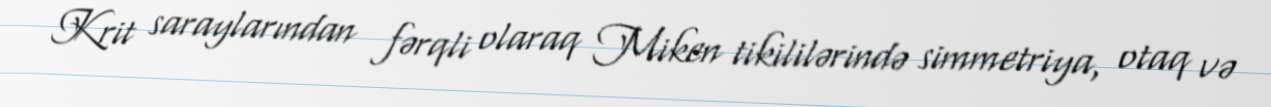
Krit saraylarından fərqli olaraq Miken tikililərində simmetriya, otaq və